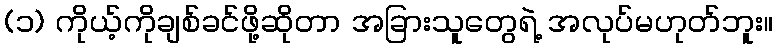
(၁) ကိုယ့်ကိုချစ်ခင်ဖို့ဆိုတာ အခြားသူတွေရဲ့ အလုပ်မဟုတ်ဘူး။